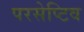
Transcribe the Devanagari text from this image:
परसेप्टिव